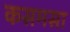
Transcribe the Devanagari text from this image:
कसमसा